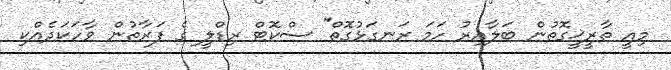
މިއީ ތާރީޚީގޮތުން ބަލާއިރު ހަމަ ރަނގަޅުގޮތް'' ސްކޮޓް ރިޑްލީ ގެ ފަރާތުން ވާހަކަދެއްކި